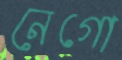
নেগো